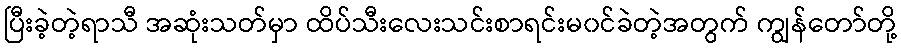
ပြီးခဲ့တဲ့ရာသီ အဆုံးသတ်မှာ ထိပ်သီးလေးသင်းစာရင်းမ၀င်ခဲတဲ့အတွက် ကျွန်တော်တို့